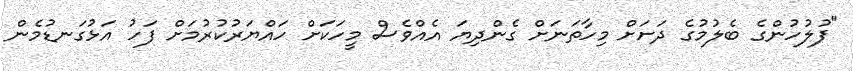
"ފުލުހުންގެ ބެލުމުގެ ދަށަށް މިހާތަނަށް ގެންދިޔަ އެއްވެސް މީހަކަށް ހައްޔަރުކުރުމަށް ފަހު އަޅުގަނޑުމެން